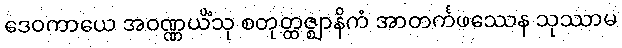
ဒေဝကာယေ အဝဏ္ဏယိံသု စတုတ္ထဇ္ဈာနိကံ အာတင်္ကဖဿေန သုဿာမ